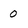
Character: 0